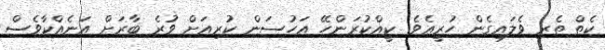
ކެތް ތެރި ވެލައިގެން ހުރީއެވެ. ކީއްކުރަންހޭ އަހުސަން ކުރިއަށް ވުރެ ބާރަށް އަނެއްކާވެސް